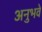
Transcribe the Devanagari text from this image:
अनुभवे